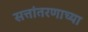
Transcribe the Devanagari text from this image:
सत्तांतरणाच्या